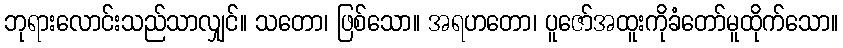
ဘုရားလောင်းသည်သာလျှင်။ သတော၊ ဖြစ်သော။ အရဟတော၊ ပူဇော်အထူးကိုခံတော်မူထိုက်သော။